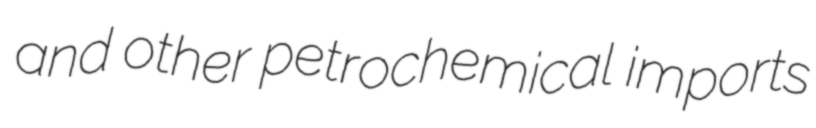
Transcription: and other petrochemical imports